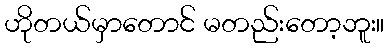
ဟိုတယ်မှာတောင် မတည်းတော့ဘူး။